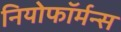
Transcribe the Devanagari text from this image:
नियोफॉर्मन्स